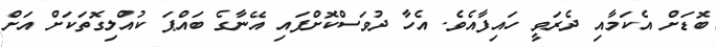
ބޮޑަށް އެކަމާއި ދެރަވީ ހައިފާއެވެ. އެހާ ދުވަސްކޮށްފައި އޭނާގެ ބައްޕަ ކުއްލިގޮތަކަށް އަށް